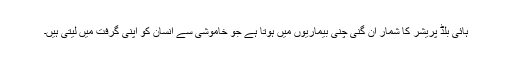
ہائی بلڈ پریشر کا شمار ان گنی چنی بیماریوں میں ہوتا ہے جو خاموشی سے انسان کو اپنی گرفت میں لیتی ہیں۔